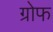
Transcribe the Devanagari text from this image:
ग्रोफ